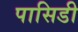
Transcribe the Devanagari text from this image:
पासिडी